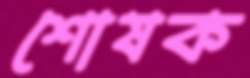
শোষক